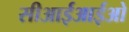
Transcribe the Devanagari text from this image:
सीआईआईओ